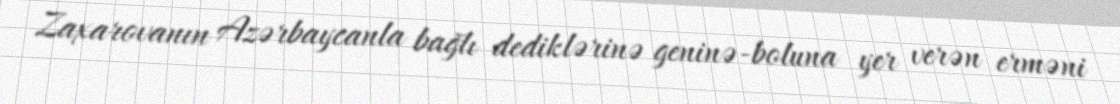
Zaxarovanın Azərbaycanla bağlı dediklərinə geninə-boluna yer verən erməni